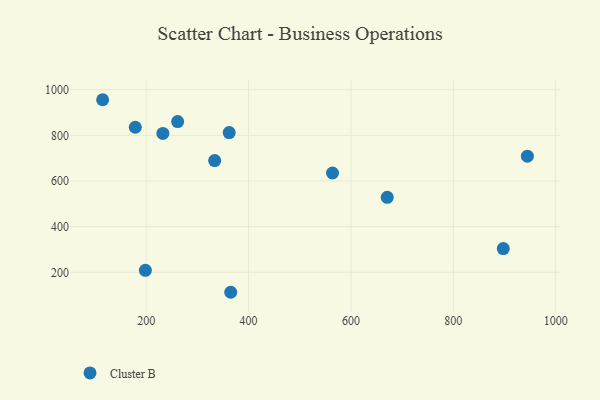
{"axis": {"x": "Study Hours", "y": "Fuel Efficiency"}, "legend": ["Cluster B"], "data": [{"x": "261.4", "y": 860.1, "type": "Cluster B"}, {"x": "333.7", "y": 689.5, "type": "Cluster B"}, {"x": "944.7", "y": 708.5, "type": "Cluster B"}, {"x": "897.6", "y": 304.1, "type": "Cluster B"}, {"x": "198.3", "y": 208.5, "type": "Cluster B"}, {"x": "362.1", "y": 812.0, "type": "Cluster B"}, {"x": "114.8", "y": 956.0, "type": "Cluster B"}, {"x": "232.5", "y": 808.5, "type": "Cluster B"}, {"x": "365.1", "y": 112.5, "type": "Cluster B"}, {"x": "564.0", "y": 634.9, "type": "Cluster B"}, {"x": "178.6", "y": 835.4, "type": "Cluster B"}, {"x": "670.9", "y": 528.5, "type": "Cluster B"}]}